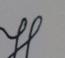
Signature authenticity: genuine